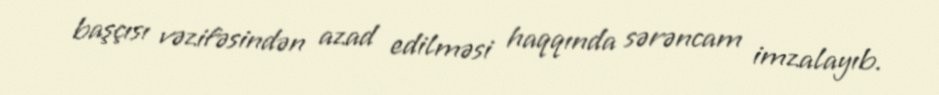
başçısı vəzifəsindən azad edilməsi haqqında sərəncam imzalayıb.